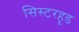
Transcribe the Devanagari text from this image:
सिस्टरहूड